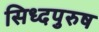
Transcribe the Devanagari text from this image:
सिध्दपुरुष